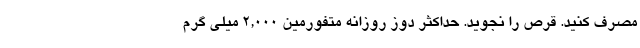
مصرف کنید. قرص را نجوید. حداکثر دوز روزانه متفورمین 2,000 میلی گرم